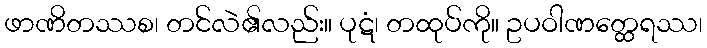
ဖာဏိတဿစ၊ တင်လဲ၏လည်း။ ပုဋံ၊ တထုပ်ကို။ ဥပဝါဏတ္ထေရဿ၊